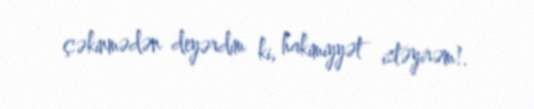
çəkinmədən deyərdim ki, hakimiyyət istəyirəm!.